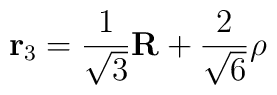
{\bf r}_{3} = \frac{1}{\sqrt{3}} {\bf R} + \frac{2}{\sqrt{6}} {\bf \rho}